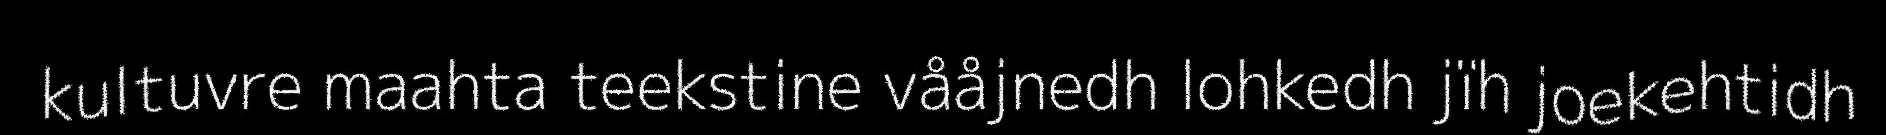
kultuvre maahta teekstine vååjnedh lohkedh jïh joekehtidh